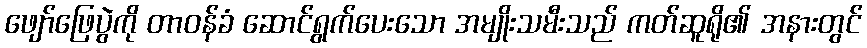
ဖျော်ဖြေပွဲကို တာဝန်ခံ ဆောင်ရွက်ပေးသော အမျိုးသမီးသည် ကတ်ဆူရို၏ အနားတွင်